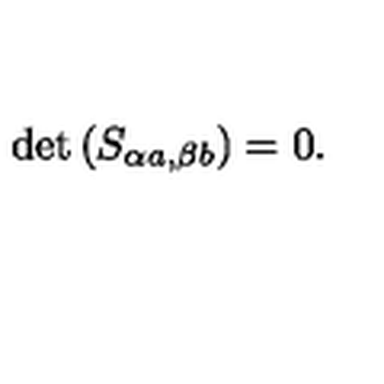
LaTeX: \det \left( S _ { \alpha a , \beta b } \right) = 0 .